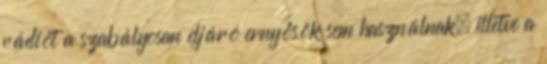
rádiót a szabályosan eljáró ernyősök sem használnak, illetve a